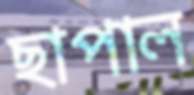
ছাপাল